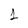
Character: 1